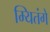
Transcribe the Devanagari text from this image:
म्यितंगे